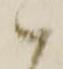
ハ